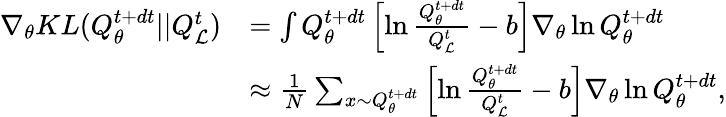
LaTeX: \begin{array}{rl}{\nabla_{\theta}KL(Q_{\theta}^{t+dt}||Q_{\mathcal{L}}^{t})}&{=\int Q_{\theta}^{t+dt}\left[\ln\frac{Q_{\theta}^{t+dt}}{Q_{\mathcal{L}}^{t}}-b\right]\nabla_{\theta}\ln Q_{\theta}^{t+dt}}\\ &{\approx\frac{1}{N}\sum_{x\sim Q_{\theta}^{t+dt}}\left[\ln\frac{Q_{\theta}^{t+dt}}{Q_{\mathcal{L}}^{t}}-b\right]\nabla_{\theta}\ln Q_{\theta}^{t+dt},}\end{array}